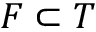
F \subset T